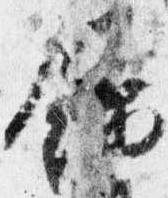
録